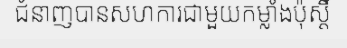
ជំនាញបានសហការជាមួយកម្លាំងប៉ុស្តិ៍